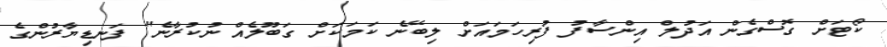
ކޯޓަށް ގޮސްގެން އަދުލް އިންސާފު ފުރިހަމައަށް ލިބޭނެ ކަމަކަށް ގަބޫލެއް ނުކުރާނެ" ފަނޑިޔާރުންގެ